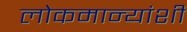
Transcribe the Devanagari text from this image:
लोकमान्यांशी